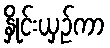
နှိုင်းယှဉ်ကာ